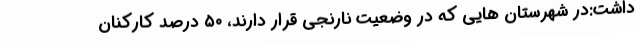
داشت:در شهرستان هایی که در وضعیت نارنجی قرار دارند، ۵۰ درصد کارکنان